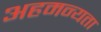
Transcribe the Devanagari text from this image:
अहमन्यता